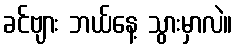
ခင်ဗျား ဘယ်နေ့ သွားမှာလဲ။